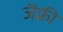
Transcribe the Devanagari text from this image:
जॅफ़्री